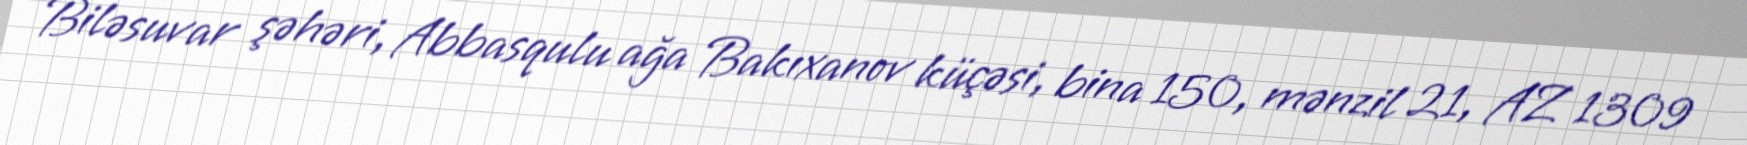
Biləsuvar şəhəri, Abbasqulu ağa Bakıxanov küçəsi, bina 150, mənzil 21, AZ 1309